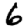
Digit: 6